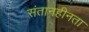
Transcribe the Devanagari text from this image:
संतानहीनता